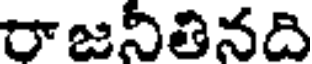
రాజనితినది